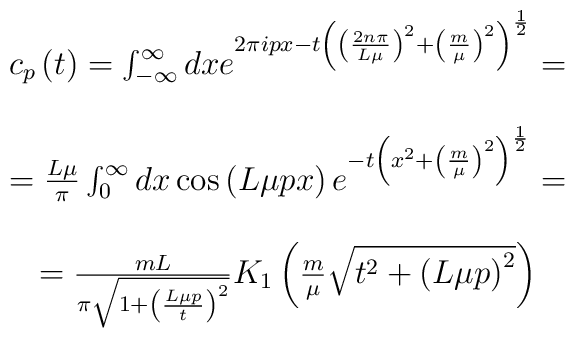
\begin{array}{c}c_p\left( t\right) =\int_{-\infty }^\infty dxe^{2\pi ipx-t\left(\left(\frac{2n\pi }{L\mu }\right) ^2+\left( \frac m\mu \right) ^2\right)^{\frac12}}= \\  \\=\frac{L\mu }\pi \int_0^\infty dx\cos \left( L\mu px\right)e^{-t\left(x^2+\left( \frac m\mu \right) ^2\right) ^{\frac 12}}= \\  \\=\frac{mL}{\pi \sqrt{1+\left( \frac{L\mu p}t\right) ^2}}K_1\left(\frac m\mu\sqrt{t^2+\left( L\mu p\right) ^2}\right)\end{array}